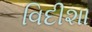
વિદીશા